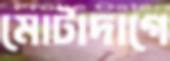
মোটাদাগে